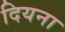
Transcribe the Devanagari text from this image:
दियना